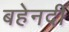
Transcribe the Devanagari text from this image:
बहेनदी